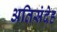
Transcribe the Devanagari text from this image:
अतिसंदेह